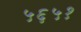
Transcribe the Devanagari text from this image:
५६५१